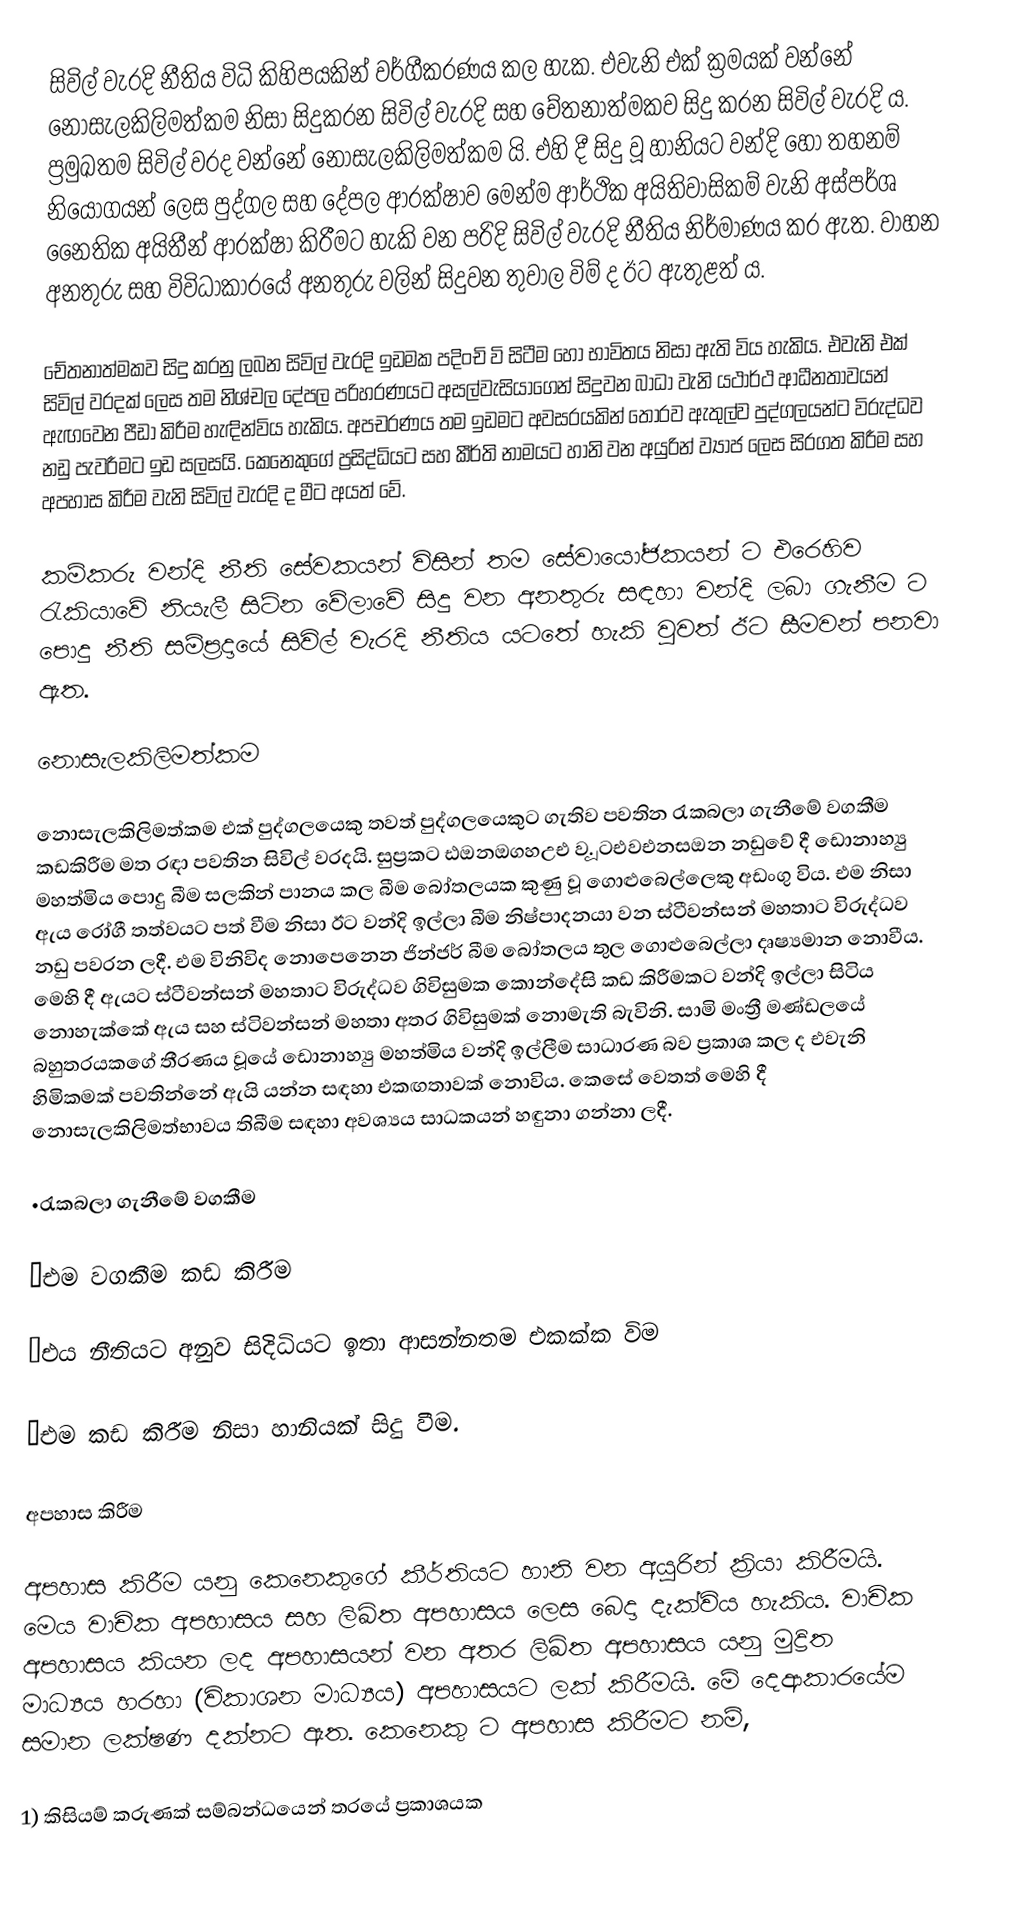
සිවිල් වැරදි නීතිය විධි කිහිපයකින් වර්ගීකරණය කල හැක. එවැනි එක් ක්‍රමයක් වන්නේ නොසැලකිලිමත්කම නිසා සිදුකරන සිවිල් වැරදි සහ චේතනාත්මකව සිදු කරන සිවිල් වැරදි ය. ප්‍රමුඛතම සිවිල් වරද වන්නේ නොසැලකිලිමත්කම යි. එහි දී  සිදු වූ හානියට වන්දි හෝ තහනම් නියෝගයන් ලෙස පුද්ගල සහ දේපල ආරක්ෂාව මෙන්ම ආර්ථික අයිතිවාසිකම් වැනි අස්පර්ශ නෛතික අයිතීන් ආරක්ෂා කිරීමට හැකි වන පරිදි සිවිල් වැරදි නීතිය නිර්මාණය කර ඇත. වාහන අනතුරු සහ විවිධාකාරයේ අනතුරු වලින් සිදුවන තුවාල විම් ද ඊට ඇතුළත් ය.

චේතනාත්මකව සිදු කරනු ලබන සිවිල් වැරදි ඉඩමක පදිංචි වි සිටීම හෝ භාවිතය නිසා ඇති විය හැකිය. එවැනි එක් සිවිල් වරදක් ලෙස තම නි්ශ්චල දේපල පරිහරණයට අසල්වැසියාගෙන් සිදුවන බාධා වැනි යථාර්ථ ආධීනතාවයන් ඇඟවෙන පීඩා කිරීම හැඳින්විය හැකිය. අපචරණය තම ඉඩමට අවසරයකින් තොරව ඇතුල්ව පුද්ගලයන්ට විරුද්ධව නඩු පැවරීමට ඉඩ සලසයි. කෙනෙකුගේ ප්‍රසිද්ධියට සහ කීර්ති නාමයට හානි වන අයුරින් ව්‍යාජ ලෙස සිරගත කිරීම සහ අපහාස කිරීම වැනි සිවිල් වැරදි ද මීට අයත් වේ.

කම්කරු වන්දි නීති සේවකයන් විසින් තම සේවායෝජකයන් ට එරෙහිව රැකියාවේ නියැලී සිටින වේලාවේ සිදු වන අනතුරු සඳහා වන්දි ලබා ගැනීම ට පොදු නීති සම්ප්‍රදායේ සිවිල් වැරදි නීතිය යටතේ හැකි වුවත් ඊට සීමවන් පනවා ඇත.

නොසැලකිලිමත්කම

නොසැලකිලිමත්කම එක් පුද්ගලයෙකු තවත් පුද්ගලයෙකුට ගැතිව පවතින රැකබලා ගැනීමේ වගකීම කඩකිරීම මත රඳා පවතින සිවිල් වරදයි. සුප්‍රකට ඪඔනඔගහඋඑ ව. ූටඑවඑනසඔන නඩුවේ දී ඩොනාහ්‍යු මහත්මිය පොදු බීම සලකින් පානය කල බීම බෝතලයක කුණු වූ ගොළුබෙල්ලෙකු අඩංගු විය. එම නිසා ඇය රෝගී තත්වයට පත් වීම නිසා ඊට වන්දි ඉල්ලා බීම නිෂ්පාදනයා වන ස්ටීවන්සන් මහතාට විරුද්ධව නඩු පවරන ලදී. එම විනිවිද නොපෙනෙන ජින්ජර් බීම බෝතලය තුල ගොළුබෙල්ලා දෘෂ්‍යමාන නොවීය. මෙහි දී ඇයට ස්ටීවන්සන් මහතාට විරුද්ධව ගිවිසුමක කොන්දේසි කඩ කිරීමකට වන්දි ඉල්ලා සිටිය නොහැක්කේ ඇය සහ ස්ටිවන්සන් මහතා අතර ගිවිසුමක් නොමැති බැවිනි. සාමි මංත්‍රී මණ්ඩලයේ බහුතරයකගේ තීරණය වූයේ ඩොනාහ්‍යු මහත්මිය වන්දි ඉල්ලීම සාධාරණ බව ප්‍රකාශ කල ද එවැනි හිමිකමක් පවතින්නේ ඇයි යන්න සඳහා එකඟතාවක් නොවිය. කෙසේ වෙතත් මෙහි දී නොසැලකිලිමත්භාවය තිබීම සඳහා අවශ්‍යය සාධකයන් හඳුනා ගන්නා ලදී.

•රැකබලා ගැනීමේ වගකීම

•එම වගකීම කඩ කිරීම

•එය නීතියට අනුව සිදිධියට ඉතා ආසන්නතම එකක්ක විම

•එම කඩ කිරීම නිසා හානියක් සිදු වීම.

අපහාස කිරීම

අපහාස කිරීම යනු කෙනෙකුගේ කීර්තියට හානි වන අයුරින් ක්‍රියා කිරීමයි. මෙය වාචික අපහාසය සහ ලිඛිත අපහාසය ලෙස බෙදා දැක්විය හැකිය. වාචික අපහාසය කියන ලද අපහාසයන් වන අතර ලිඛිත අපහාසය යනු මුද්‍රිත මාධ්‍යය හරහා (විකාශන මාධ්‍යය) අපහාසයට ලක් කිරීමයි. මේ දෙආකාරයේම සමාන ලක්ෂණ දක්නට ඇත. කෙනෙකු ට අපහාස කිරීමට නම්,

1) කිසියම් කරුණක් සම්බන්ධයෙන් තරයේ ප්‍රකාශයක